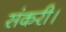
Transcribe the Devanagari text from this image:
संकरी।